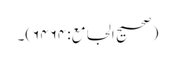
(صحیح الجامع:۶۴۶۴)۔